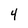
Character: 4